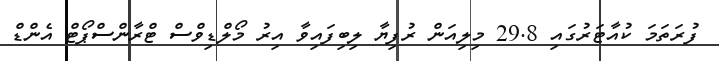
ފުރަތަމަ ކުއާޓަރުގައި 29.8 މިލިއަން ރުފިޔާ ލިބިފައިވާ އިރު މޯލްޑިވްސް ޓްރާންސްޕޯޓް އެންޑް